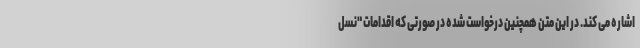
اشاره می کند. در این متن همچنین درخواست شده در صورتی که اقدامات "نسل